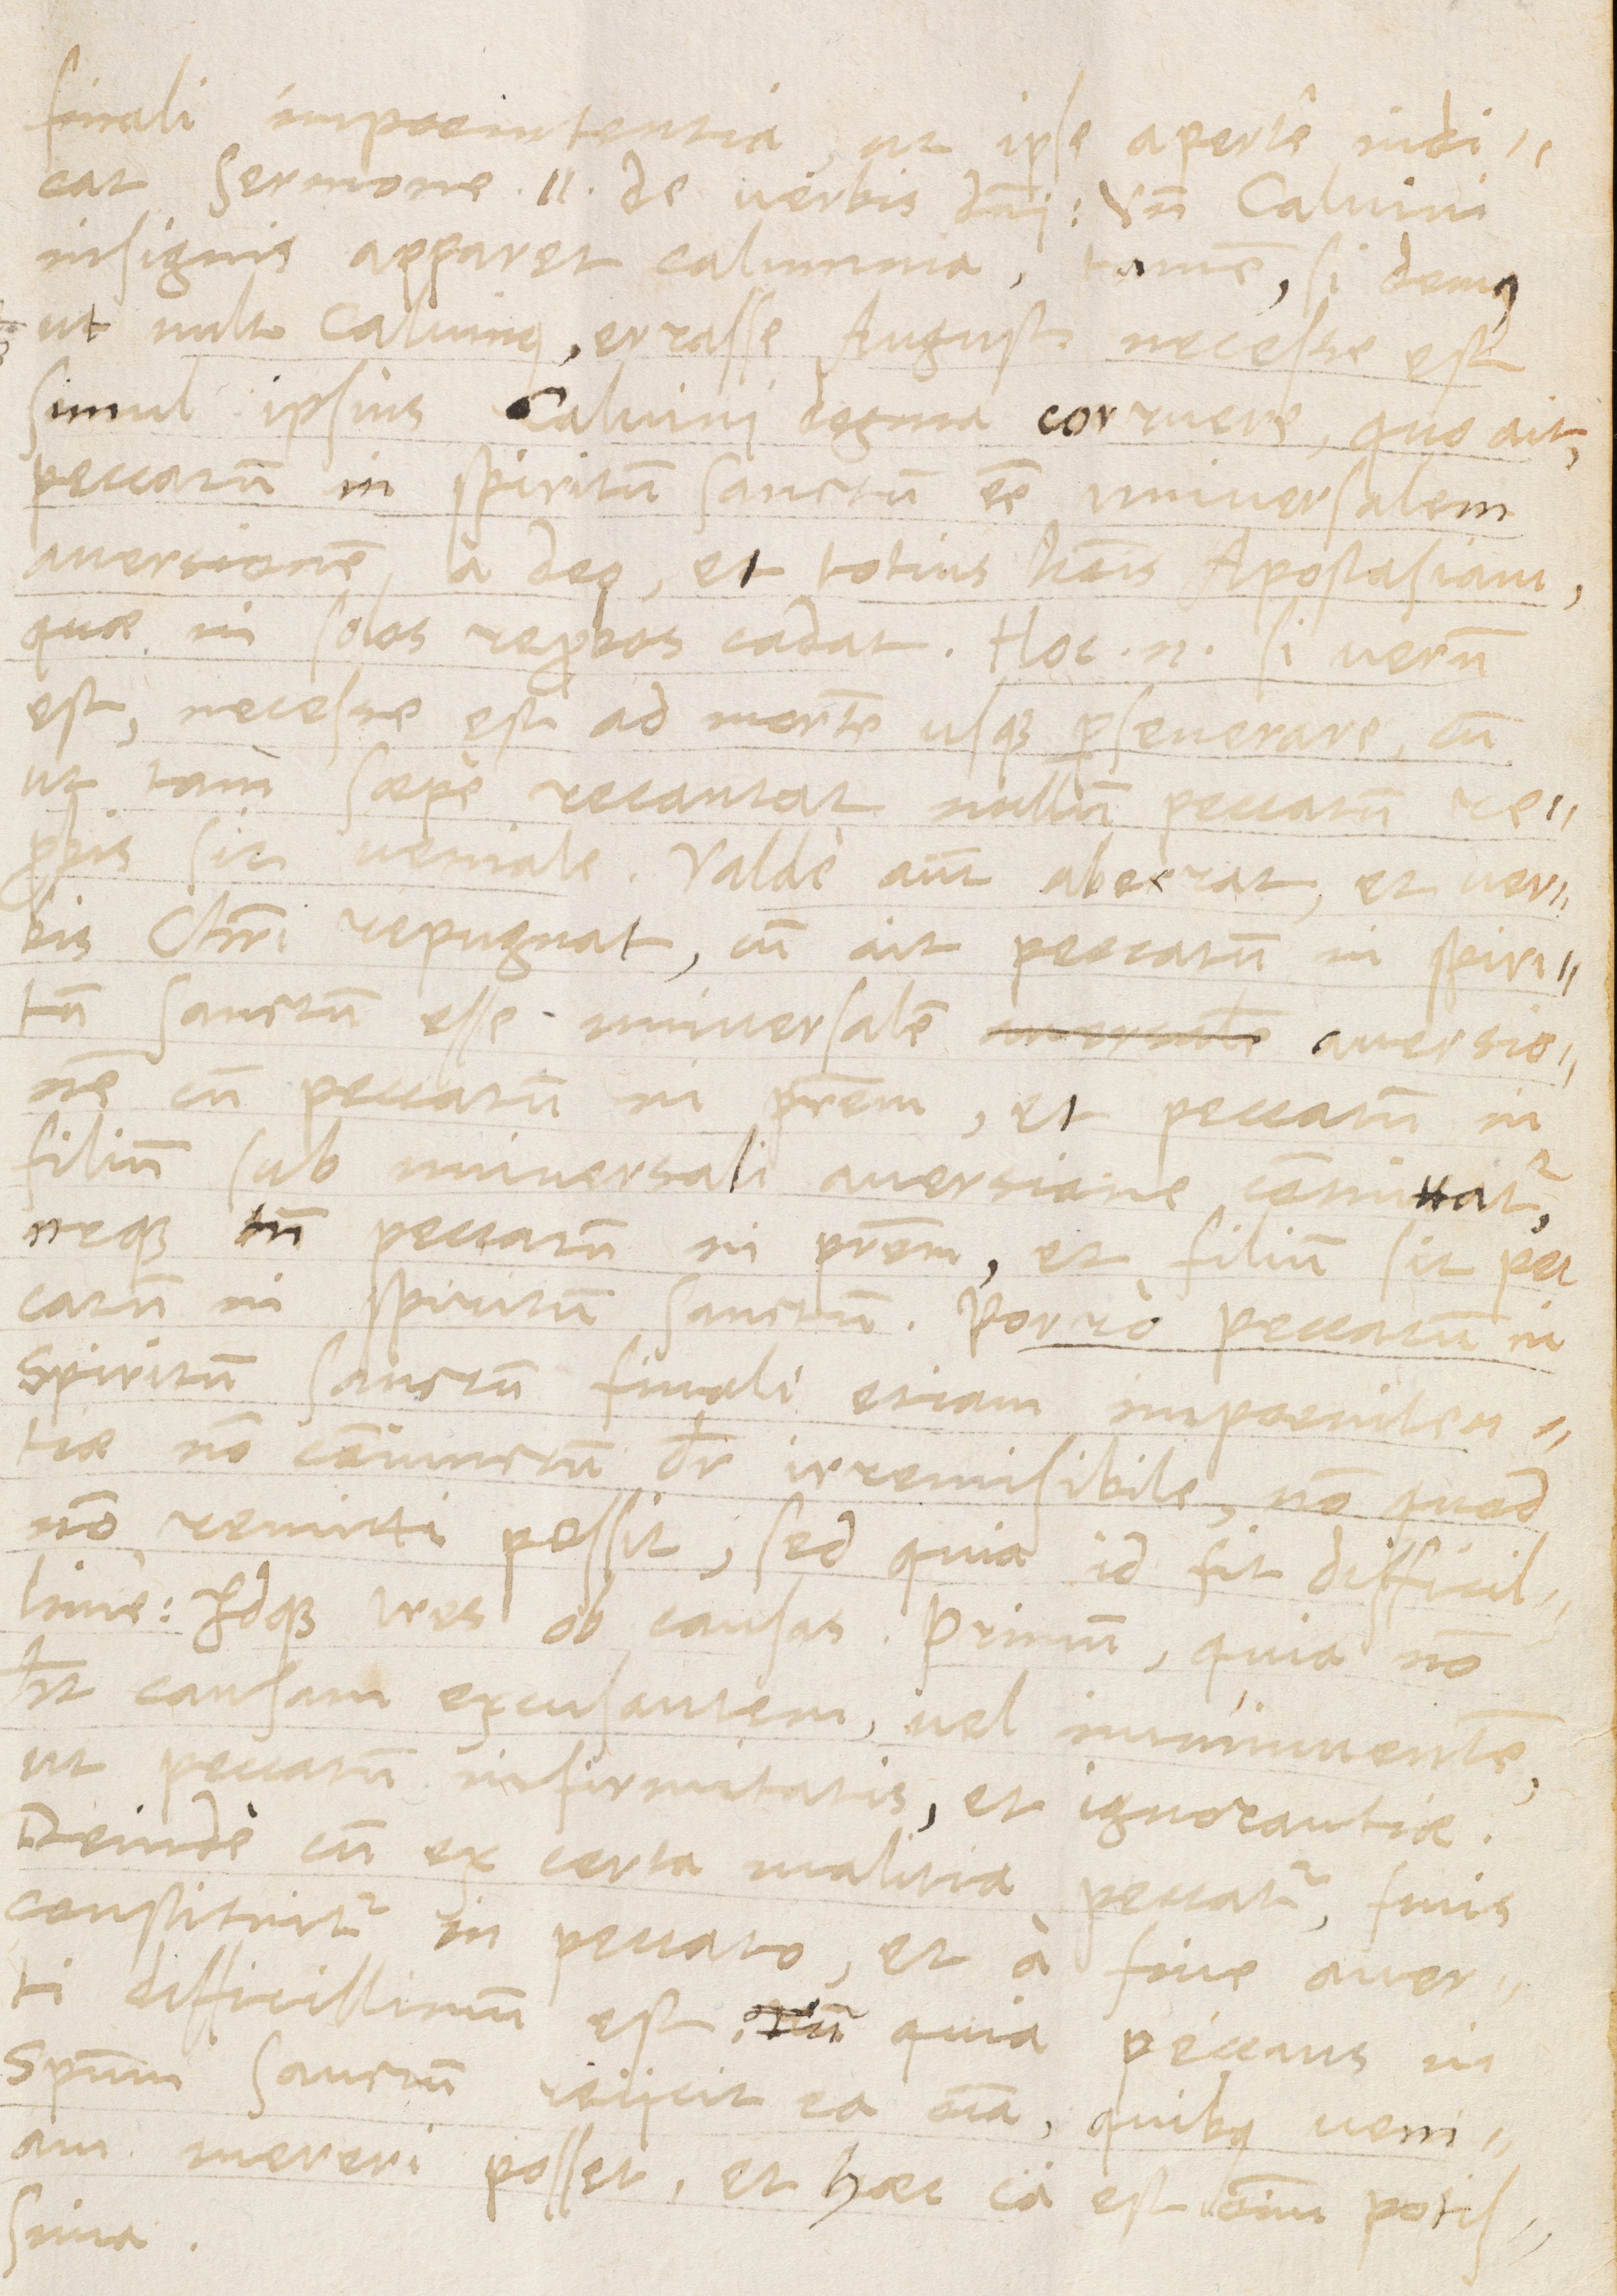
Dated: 1565–1566